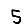
Digit: 5